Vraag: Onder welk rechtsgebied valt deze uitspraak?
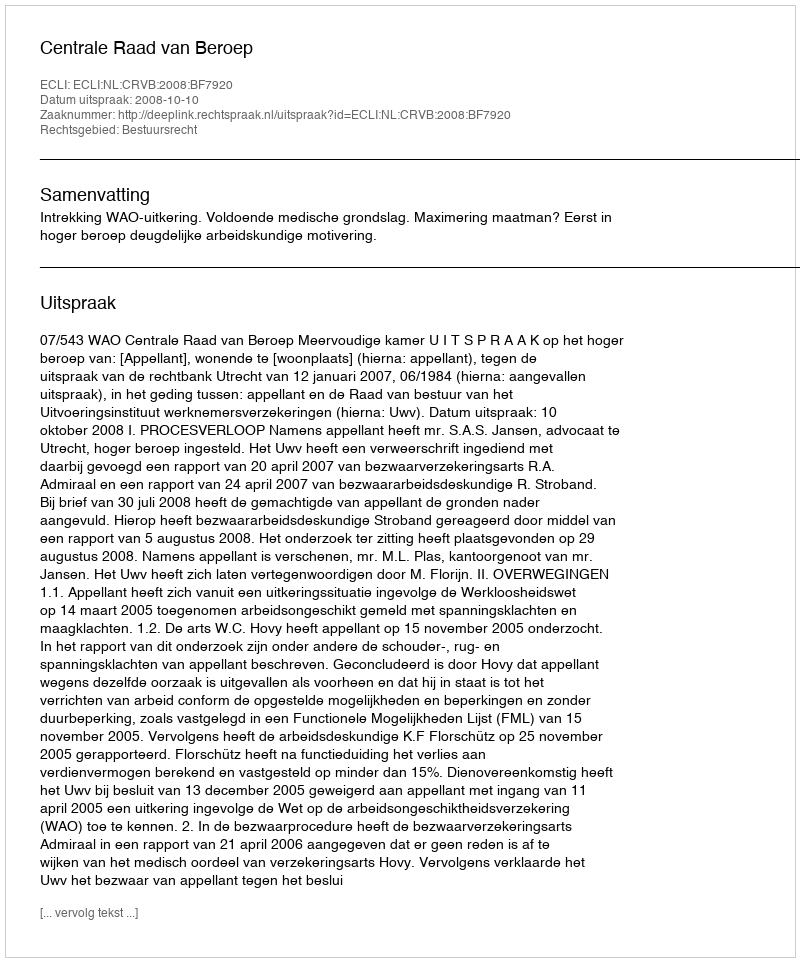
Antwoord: Bestuursrecht